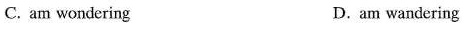
C. am wondering D.am wandering